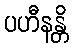
ပဟီနန္တိ